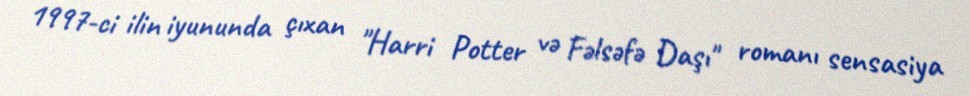
1997-ci ilin iyununda çıxan "Harri Potter və Fəlsəfə Daşı" romanı sensasiya